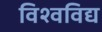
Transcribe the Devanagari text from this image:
विश्वविद्य